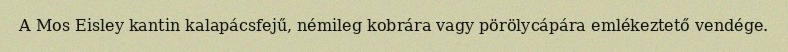
A Mos Eisley kantin kalapácsfejű, némileg kobrára vagy pörölycápára emlékeztető vendége.